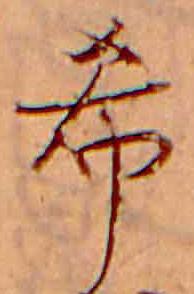
希